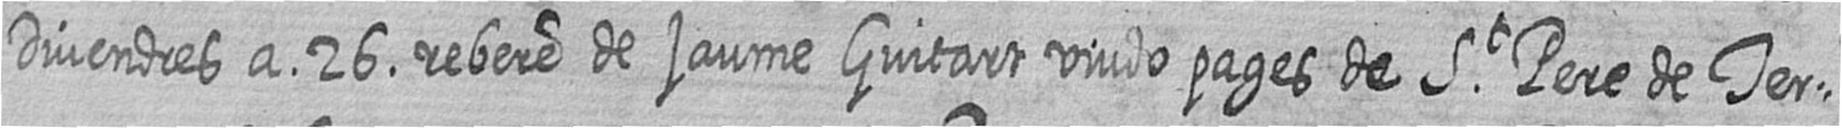
Divendres a 26 rebere de jaume Guitart viudo pages de St Pere de Ter=